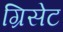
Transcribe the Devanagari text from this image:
ग्रिसेट